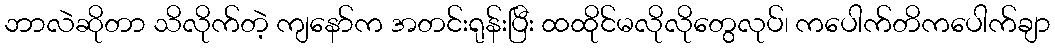
ဘာလဲဆိုတာ သိလိုက်တဲ့ ကျနော်က အတင်းရုန်းပြီး ထထိုင်မလိုလိုတွေလုပ်၊ ကပေါက်တိကပေါက်ချာ